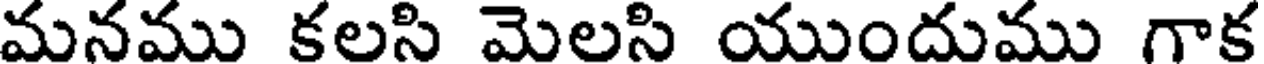
మనము కలసి మెలసి యుందుము గాక